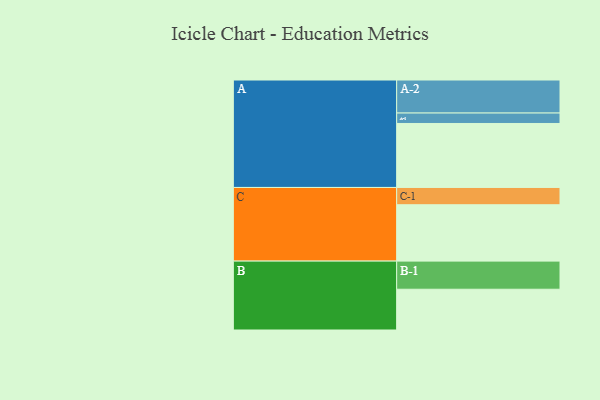
{"axis": {"x": "Segment", "y": "Value"}, "legend": ["", "A", "B", "C"], "data": [{"x": "A", "y": 496, "type": ""}, {"x": "B", "y": 316, "type": ""}, {"x": "C", "y": 437, "type": ""}, {"x": "A-1", "y": 81, "type": "A"}, {"x": "A-2", "y": 256, "type": "A"}, {"x": "B-1", "y": 218, "type": "B"}, {"x": "C-1", "y": 134, "type": "C"}]}